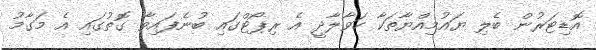
އޮޑިޓަރުން ބެލި ޔައުމިއްޔާތަކާ ހަވާލާދީ އެ ރިޕޯޓްގައި ބުނެފައިވާ ގޮތުގައި އެ މަގާމު